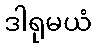
ဒါရုမယံ